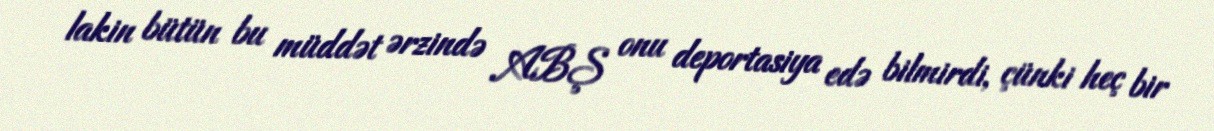
lakin bütün bu müddət ərzində ABŞ onu deportasiya edə bilmirdi, çünki heç bir